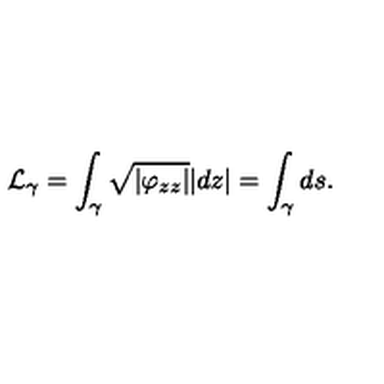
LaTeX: { \cal L } _ { \gamma } = \int _ { \gamma } \sqrt { | \varphi _ { z z } | } | d z | = \int _ { \gamma } d s .